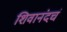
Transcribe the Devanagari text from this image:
शिवानंदचं